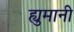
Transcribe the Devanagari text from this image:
ह्युमानी